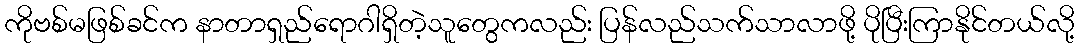
ကိုဗစ်မဖြစ်ခင်က နာတာရှည်ရောဂါရှိတဲ့သူတွေကလည်း ပြန်လည်သက်သာလာဖို့ ပိုပြီးကြာနိုင်တယ်လို့